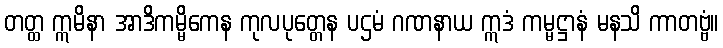
တတ္ထ ဣမိနာ အာဒိကမ္မိကေန ကုလပုတ္တေန ပဌမံ ဂဏနာယ ဣဒံ ကမ္မဋ္ဌာနံ မနသိ ကာတဗ္ဗံ။